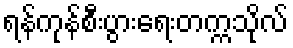
ရန်ကုန်စီးပွားရေးတက္ကသိုလ်